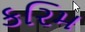
કરિમ